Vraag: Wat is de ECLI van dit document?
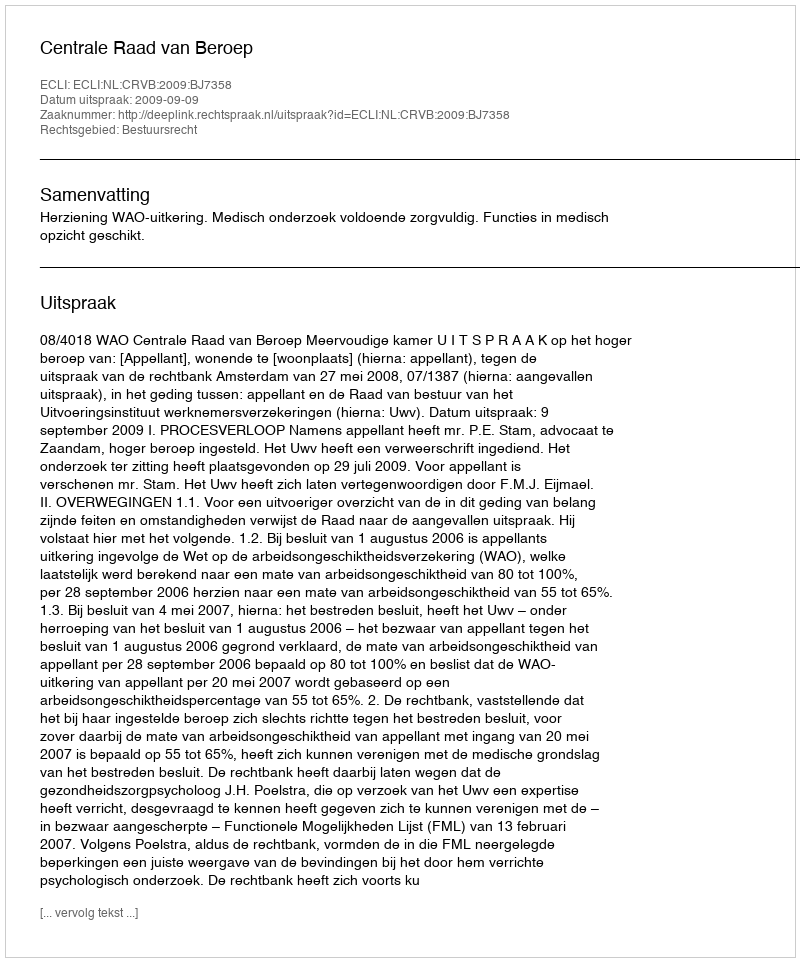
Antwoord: ECLI:NL:CRVB:2009:BJ7358